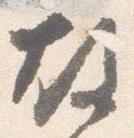
故